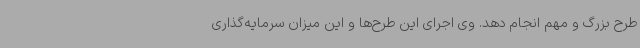
طرح بزرگ و مهم انجام دهد. وی اجرای این طرح‌ها و این میزان سرمایه‌گذاری